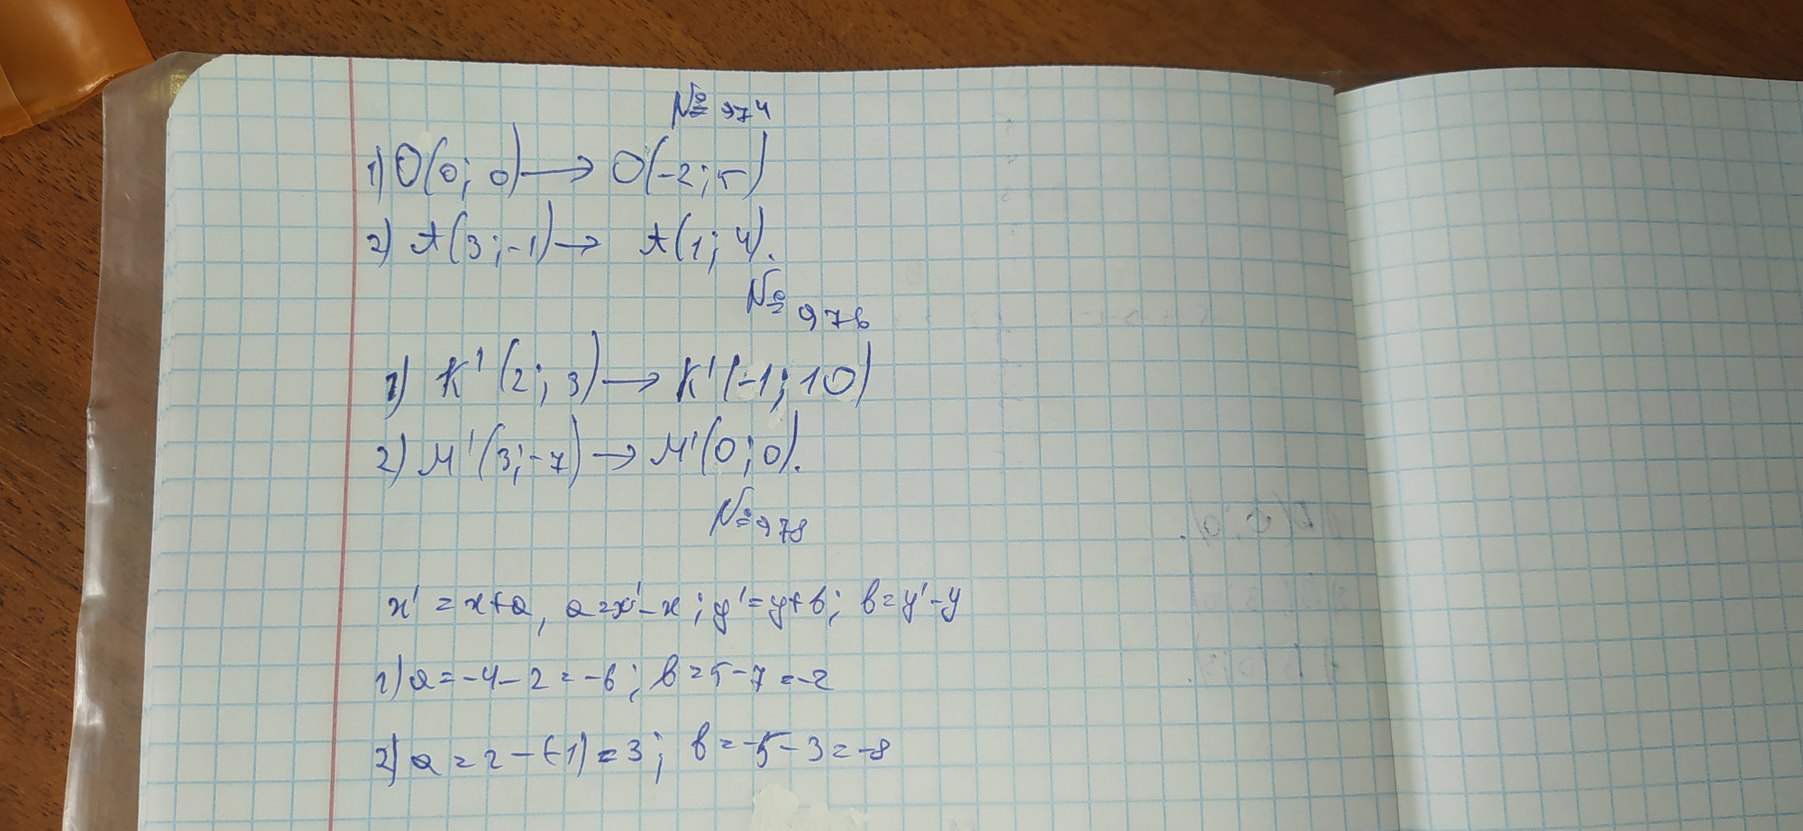
№974
1) О (0; 0) → О (-2; 5)
2) A(3; -1) → A(1; 4);
№ 976
1) К¹ (2; 3) → К¹  (-1; 10)
2) M'(3; -7) → M'(0; 0).
№ 978
x' = x + a, a = x' - x ; y' = y + b ; b = y'-у
2) а=-4-2=-6; в=5-7=-2
2) a = 2 - (-1) = 3 ; b = -5 - 3 = -8